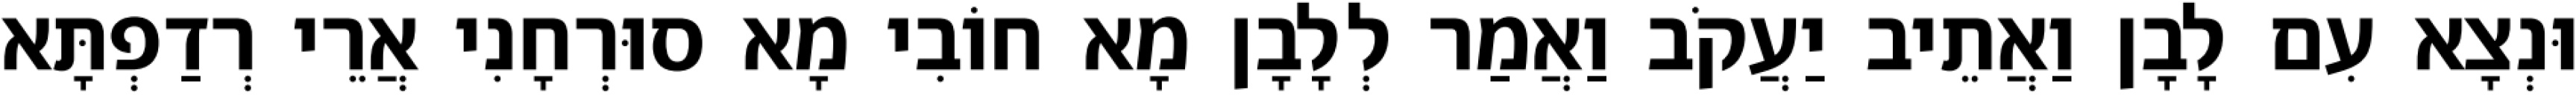
וּנְצָא עִם לָבָן וַאֲתֵיב יַעֲקֹב וַאֲמַר לְלָבָן מָא חוֹבִי מָא סוּרְחָנִי אֲרֵי רְדַפְתָּא